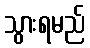
သွားရမည်